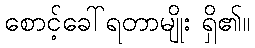
စောင့်ခေါ်ရတာမျိုး ရှိ၏။